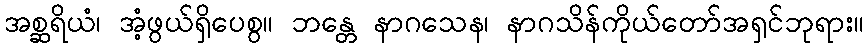
အစ္ဆရိယံ၊ အံ့ဖွယ်ရှိပေစွ။ ဘန္တေ နာဂသေန၊ နာဂသိန်ကိုယ်တော်အရှင်ဘုရား။